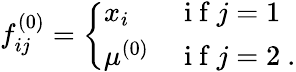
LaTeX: f_{ij}^{(0)}=\left\{ \begin{array}{ll}{x_{i}}&{\mathrm{~i~f~}j=1}\\ {\mu^{(0)}}&{\mathrm{~i~f~}j=2\ .}\end{array}\right.